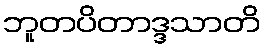
ဘူတပိတာဒ္ဒသာတိ